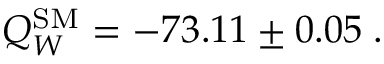
Q _ { W } ^ { \mathrm { S M } } = - 7 3 . 1 1 \pm 0 . 0 5 \; .